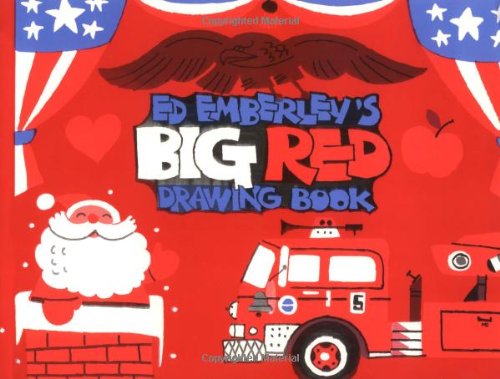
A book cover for Ed Emberley's Big Red Drawing Book; Edward R Emberley; Children's Books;